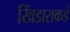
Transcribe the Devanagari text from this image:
खिंडाराकडे